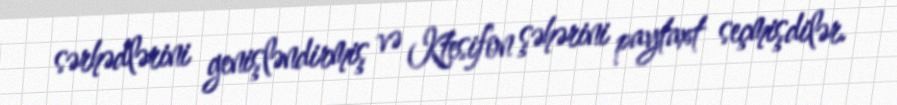
sərhədlərini genişləndirmiş və Ktesifon şəhərini paytaxt seçmişdilər.